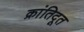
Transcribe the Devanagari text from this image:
क्रांतिदूत